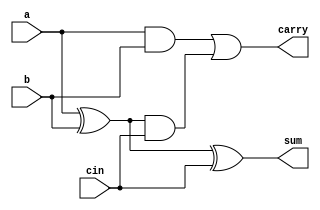
module full_adder( input a,
	           input b,
		   input cin,
		   output sum,
		   output carry);
	   wire w[2:0];
	   xor sum_gate_1(w[0],a,b);
	   xor sum_gate_2(sum,w[0],cin);
	   and carry_gate_1(w[1],a,b);
	   and carry_gate_2(w[2],w[0],cin);
	   or carry_gate_3(carry,w[1],w[2]);
endmodule